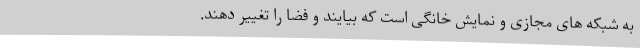
به شبکه های مجازی و نمایش خانگی است که بیایند و فضا را تغییر دهند.